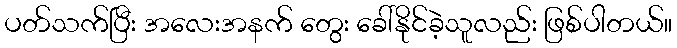
ပတ်သက်ပြီး အလေးအနက် တွေး ခေါ်နိုင်ခဲ့သူလည်း ဖြစ်ပါတယ်။